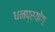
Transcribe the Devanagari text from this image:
धनप्रयोगः